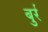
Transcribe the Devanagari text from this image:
बुर्र